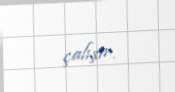
çalışır.